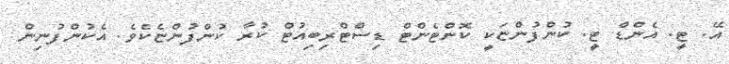
އޭ. ޓީ. އެންޑް ޓީ. ކުންފުންޏަކީ ކޮންޓެންޓް ޑިސްޓްރިބިއުޓް ކުރާ ކުންފުންޏެކެވެ. އެކުންފުނިން